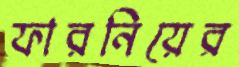
ফারনিয়ের